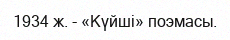
1934 ж. - «Күйші» поэмасы.